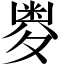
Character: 𱘥